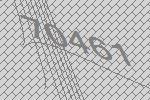
70461